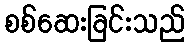
စစ်ဆေးခြင်းသည်